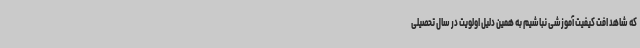
که شاهد افت کیفیت آموزشی نباشیم به همین دلیل اولویت در سال تحصیلی